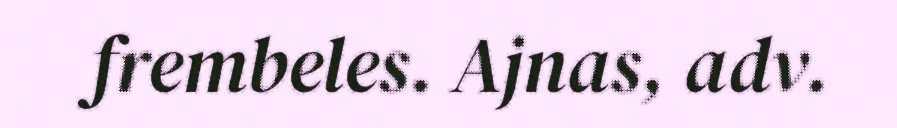
frembeles. Ajnas, adv.